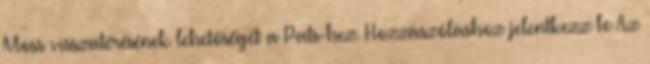
Moss visszatérésének lehetőségét a Pats-hez. Hozzászóláshoz jelentkezz be Az